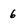
Character: 6